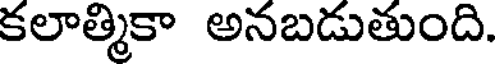
కలాత్మికా అనబడుతుంది.